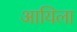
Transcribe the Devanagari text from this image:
आयिला